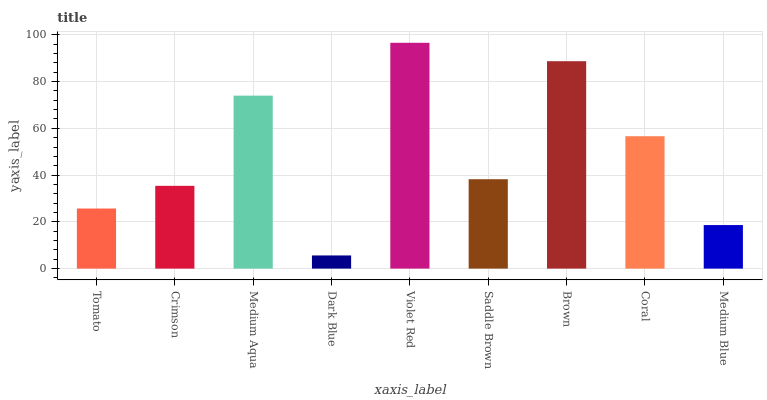
| xaxis_label | bars |
 | --- | --- |
 | Tomato | 25.7 |
 | Crimson | 35.4 |
 | Medium Aqua | 74 |
 | Dark Blue | 5.63 |
 | Violet Red | 96.6 |
 | Saddle Brown | 38.2 |
 | Brown | 88.7 |
 | Coral | 56.6 |
 | Medium Blue | 18.6 |